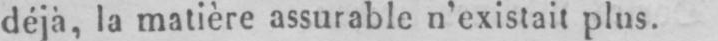
déjà, la matière assurable n’existait plus.